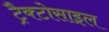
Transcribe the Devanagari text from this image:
ट्रैक्टोसाइल